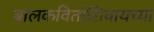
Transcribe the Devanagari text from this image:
बालकवितांशिवायच्या